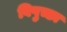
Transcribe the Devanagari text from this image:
विपुच्छा